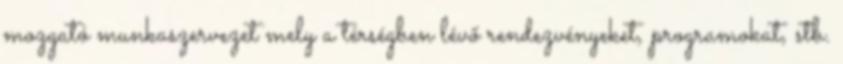
mozgató munkaszervezet mely a térségben lévő rendezvényeket, programokat, stb.